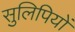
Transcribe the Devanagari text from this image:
सुलिपियों